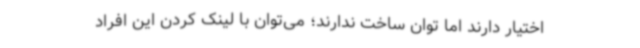
اختیار دارند اما توان ساخت ندارند؛ می‌توان با لینک کردن این افراد